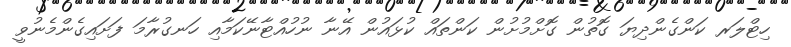
ހިޓްލަރ ކަންގެންދިޔަ ގޮތުން ގޮށްމުށުން ކަންތައް ކުޅައުން އޭނާ ނުހުއްޓާނޭކަމާއި ހަނގުރާމަ ފަށައިގެންމެނުވީ